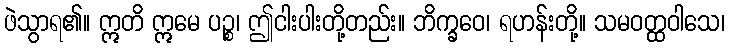
ဖဲသွာရ၏။ ဣတိ ဣမေ ပဉ္စ၊ ဤငါးပါးတို့တည်း။ ဘိက္ခဝေ၊ ရဟန်းတို့။ သမဝတ္ထဝါသေ၊